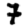
Digit: 7